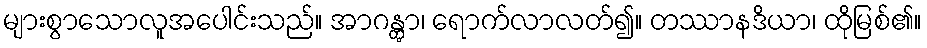
များစွာသောလူအပေါင်းသည်။ အာဂန္တွာ၊ ရောက်လာလတ်၍။ တဿာနဒိယာ၊ ထိုမြစ်၏။